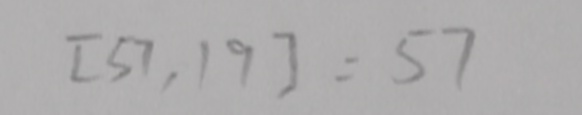
[ 5 7 , 1 9 ] = 5 7